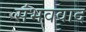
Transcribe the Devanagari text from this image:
संभववाद